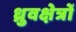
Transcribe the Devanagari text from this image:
ध्रुवक्षेत्रों